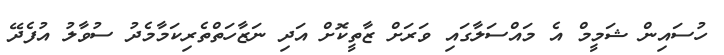
ހުސައިން ޝަމީމް އެ މައްސަލާގައި ވަރަށް ޒާތީކޮށް އަދި ނަޒާހަތްތެރިކަމާމެދު ސުވާލު އުފެދޭ